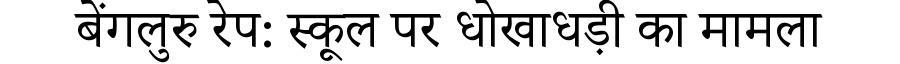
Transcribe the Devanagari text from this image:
बेंगलुरु रेप: स्कूल पर धोखाधड़ी का मामला